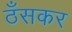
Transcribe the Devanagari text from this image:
ठँसकर